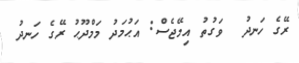
ރޭގެ ހަނދު  ވަގުތު އިމޭޖެސް: އަޙުމަދު މަމްދޫޙު ރޭގެ ހަނދު